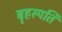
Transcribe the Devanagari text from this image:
बॄहस्पति